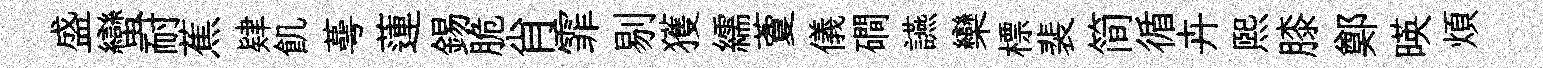
盛蠻耐蕉肄飢蕚蓮錫脆肖霏剔獲繻藑儀磵讌欒標裴简循卉熙膝鄭暎煩